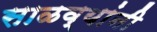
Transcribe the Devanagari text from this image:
साळव्यांनी